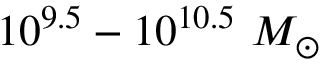
1 0 ^ { 9 . 5 } - 1 0 ^ { 1 0 . 5 } ~ M _ { \odot }